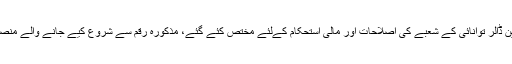
قرض کا مقصد زر مبادلہ کی شرح کو بہتر بنانا تھا، 300 ملین ڈالر توانائی کے شعبے کی اصلاحات اور مالی استحکام کےلئے مختص کئے گئے، مذکورہ رقم سے شروع کیے جانے والے منصوبوں سے پاکستان میں توانائی کے شعبے میں بہتری آئے گی۔